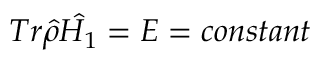
T r \hat { \rho } \hat { H _ { 1 } } = E = c o n s t a n t